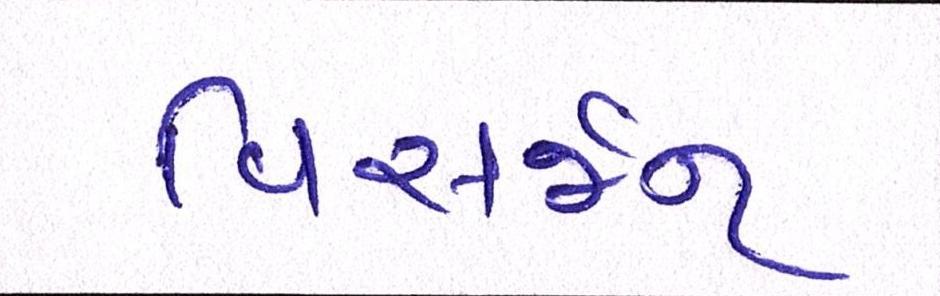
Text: વિસર્જન